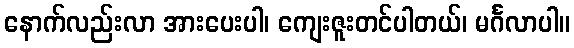
နောက်လည်းလာ အားပေးပါ၊ ကျေးဇူးတင်ပါတယ်၊ မင်္ဂလာပါ။